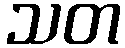
သတ